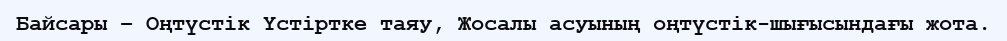
Байсары – Оңтүстік Үстіртке таяу, Жосалы асуының оңтүстік-шығысындағы жота.